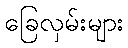
ခြေလှမ်းများ